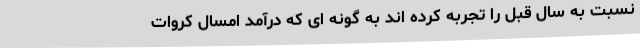
نسبت به سال قبل را تجربه کرده اند به گونه ای که درآمد امسال کروات